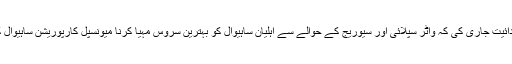
اس موقع پر جناب ندیم الرحمن ایڈ منسٹریٹر صاحب میونسپل کا رپوریشن ساہیوال نے آفیسران کو ہدائیت جاری کی کہ واٹر سپلائی اور سیوریج کے حوالے سے اہلیان ساہیوال کو بہترین سروس مہیا کرنا میونسپل کارپوریشن ساہیوال کی ذمہ داری ہے اور عملہ اور عوام الناس کو سہولیات مہیا کرنے کے لئے محنت سے کام کرے۔